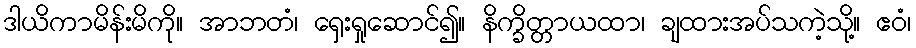
ဒါယိကာမိန်းမိကို။ အာဘတံ၊ ရှေးရှုဆောင်၍။ နိက္ခိတ္တာယထာ၊ ချထားအပ်သကဲ့သို့။ ဧဝံ၊